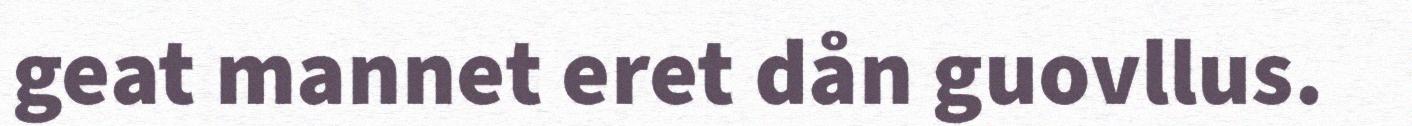
geat mannet eret dån guovllus.